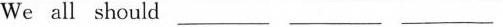
We all should___ ___ ___